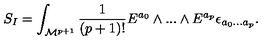
S _ { I } = \int _ { { \cal M } ^ { p + 1 } } { \frac { 1 } { ( p + 1 ) ! } } E ^ { a _ { 0 } } \wedge . . . \wedge E ^ { a _ { p } } \epsilon _ { a _ { 0 } . . . a _ { p } } .